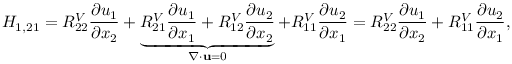
H _ { 1 , 2 1 } = R _ { 2 2 } ^ { V } \frac { \partial u _ { 1 } } { \partial x _ { 2 } } + \underbrace { R _ { 2 1 } ^ { V } \frac { \partial u _ { 1 } } { \partial x _ { 1 } } + R _ { 1 2 } ^ { V } \frac { \partial u _ { 2 } } { \partial x _ { 2 } } } _ { \nabla \cdot \mathbf { u } = 0 } + R _ { 1 1 } ^ { V } \frac { \partial u _ { 2 } } { \partial x _ { 1 } } = R _ { 2 2 } ^ { V } \frac { \partial u _ { 1 } } { \partial x _ { 2 } } + R _ { 1 1 } ^ { V } \frac { \partial u _ { 2 } } { \partial x _ { 1 } } ,